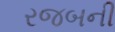
રજબની